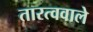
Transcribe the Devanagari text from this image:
तारत्ववाले